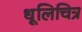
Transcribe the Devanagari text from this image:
धूलिचित्र